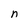
Character: n